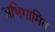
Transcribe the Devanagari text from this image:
अभिगामित